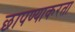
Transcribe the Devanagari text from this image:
छापण्याकरता